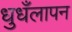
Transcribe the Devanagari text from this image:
धुधँलापन